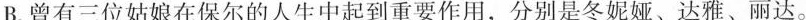
B.曾有三位姑娘在保尔的人生中起到重要作用，分别是冬妮娅、达雅、丽达。